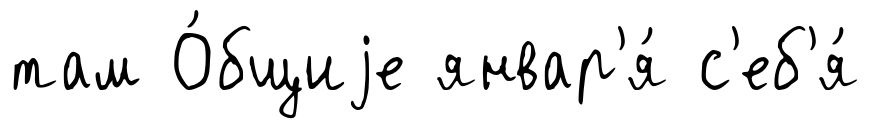
там О́бщиjе январ'я́ с'еб'я́